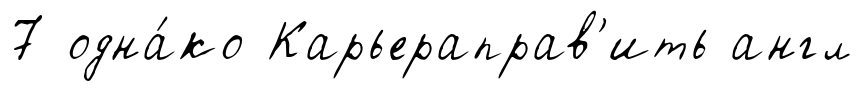
7 одна́ко Карьераправ'ить англ